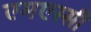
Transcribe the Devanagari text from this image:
एमएस्सी